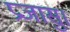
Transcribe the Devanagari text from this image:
प्रजासु।